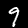
Label: 9